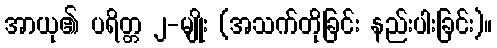
အာယု၏ ပရိတ္တ ၂-မျိုး (အသက်တိုခြင်း နည်းပါးခြင်း)။